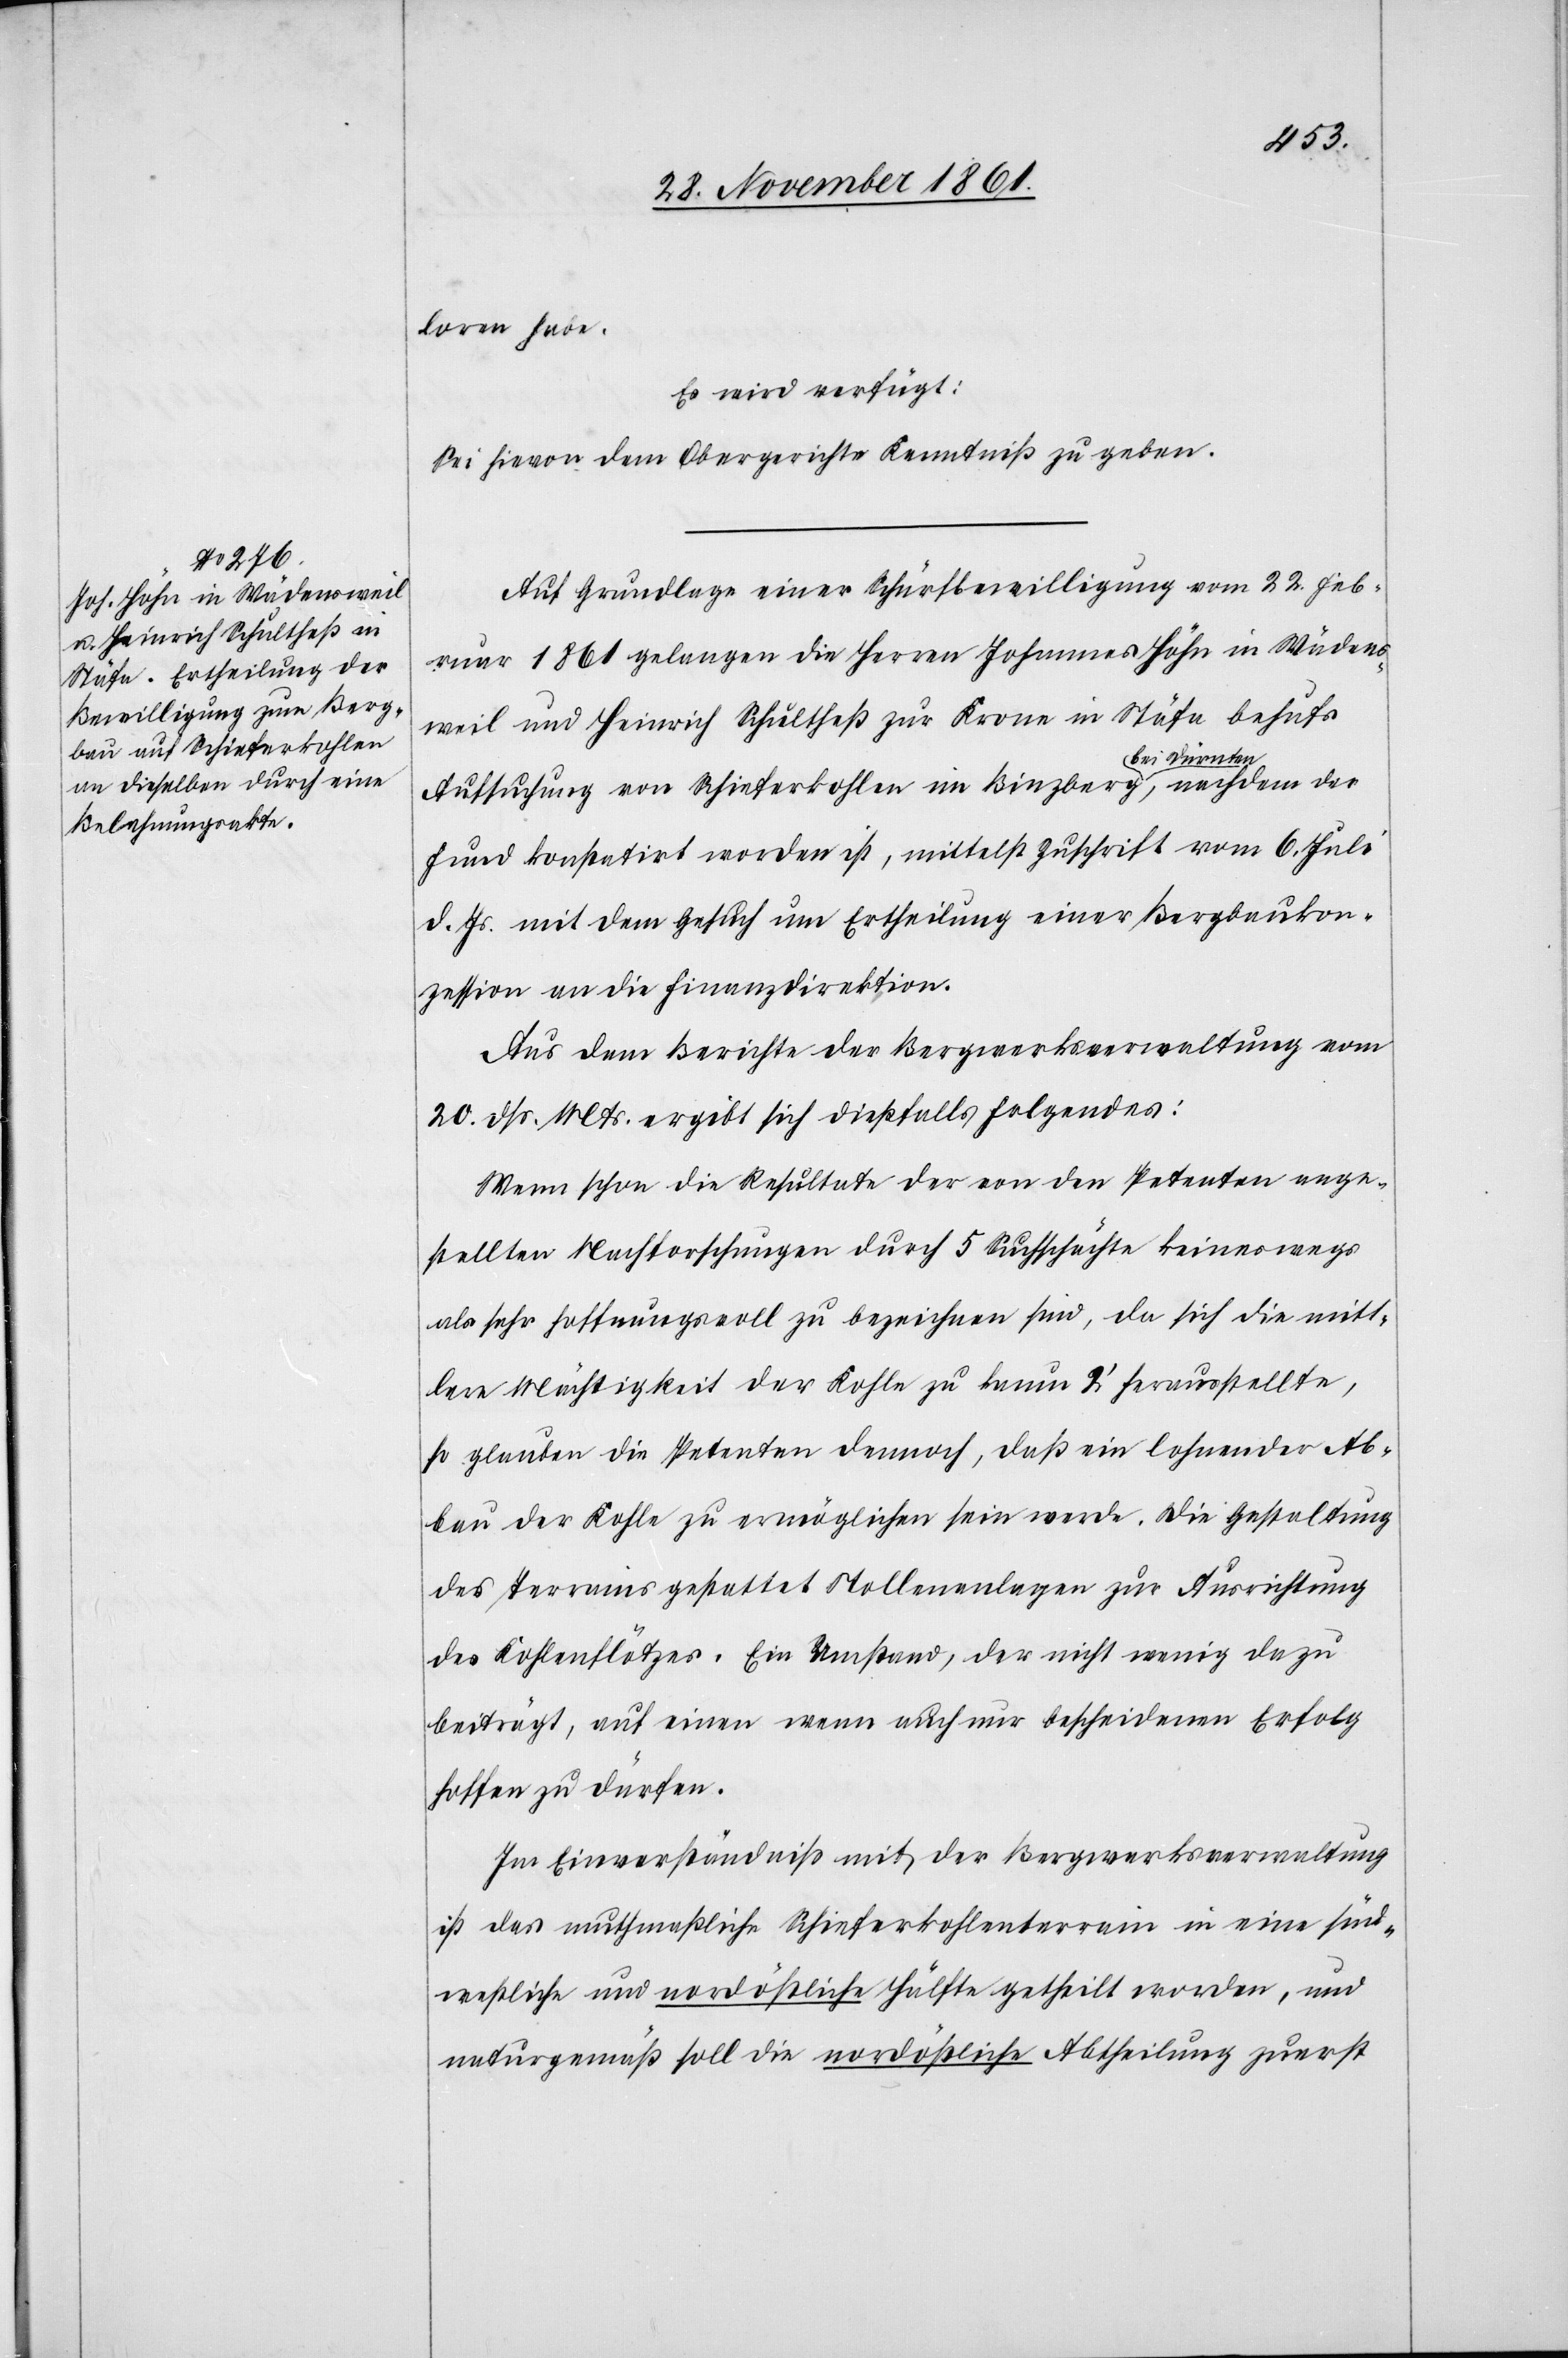
loren habe.
Es wird verfügt:
Sei hievon dem Obergerichte Kenntniß zu geben.
Auf Grundlage einer Schürfbewilligung vom 22 Feb¬
ruar 1861 gelangen die Herren Johannes Höhn in Wädens¬
weil und Heinrich Schultheß zur Krone in Stäfa behufs
nten,
Aufsuchung von Schieferkohlen im Binzberg bei Dür¬
Fund konstatirt worden ist, mittelst Zuschrift vom 6 Juli
d. Js. mit dem Gesuch um Ertheilung einer Bergbaukon¬
zession an die Finanzdirektion.
Aus dem Berichte der Bergwerksverwaltung vom
20 dß. Mts. ergibt sich dießfalls folgendes:
Wenn schon die Resultate der von den Petenten ange¬
stellten Nachforschungen durch 5 Suchschächte keineswegs
als sehr hoffnungsvoll zu bezeichnen sind, da sich die mitt¬
lere Mächtigkeit der Kohle zu kaum 2’ herausstellte,
so glauben die Petenten dennoch, daß ein lohnender Ab¬
bau der Kohle zu ermöglichen sein werde. Die Gestaltung
des Terrains gestattet Stollenanlagen zur Ausrichtung
des Kohlenflötzes. Ein Umstand, der nicht wenig dazu
beiträgt, auf einen neuen auch nur bescheidenen Erfolg
hoffen zu dürfen.
Im Einverständniß mit der Bergwerksverwaltung
ist das muthmaßliche Schieferkohlenterrain in ein süd¬
westliche und nordöstliche Hälfte getheilt worden, und
naturgemäß soll die nordöstliche Abtheilung zuerst